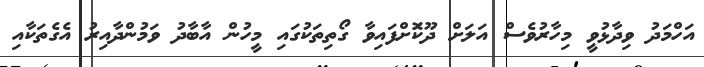
އަހްމަދު ވިދާޅުވީ މިހާރުވެސް އަލަށް ދޫކޮަށްފައިވާ ގޯތިތަކުގައި މީހުން އާބާދު ވަމުންދާއިރު އެގެތަކާއި